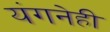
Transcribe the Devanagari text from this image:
यंगनेही